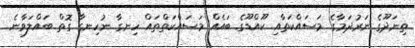
ތިނަދޫގެ ނަރުދަމާގެ މަސައްކަތާއި ކޫއްޑޫގެ ބައެއް މަސައްކަތްތައް ހިނގާ ނުހިނގާ ގޮތް ބައްލަވާނެ